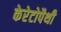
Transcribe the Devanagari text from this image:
केरेटोपैथी